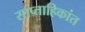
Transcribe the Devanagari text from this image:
साप्ताहिकांत